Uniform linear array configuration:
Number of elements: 24
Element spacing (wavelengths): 0.25
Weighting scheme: cosine
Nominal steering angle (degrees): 0
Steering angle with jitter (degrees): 1.025
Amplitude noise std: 0.05
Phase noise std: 0.05

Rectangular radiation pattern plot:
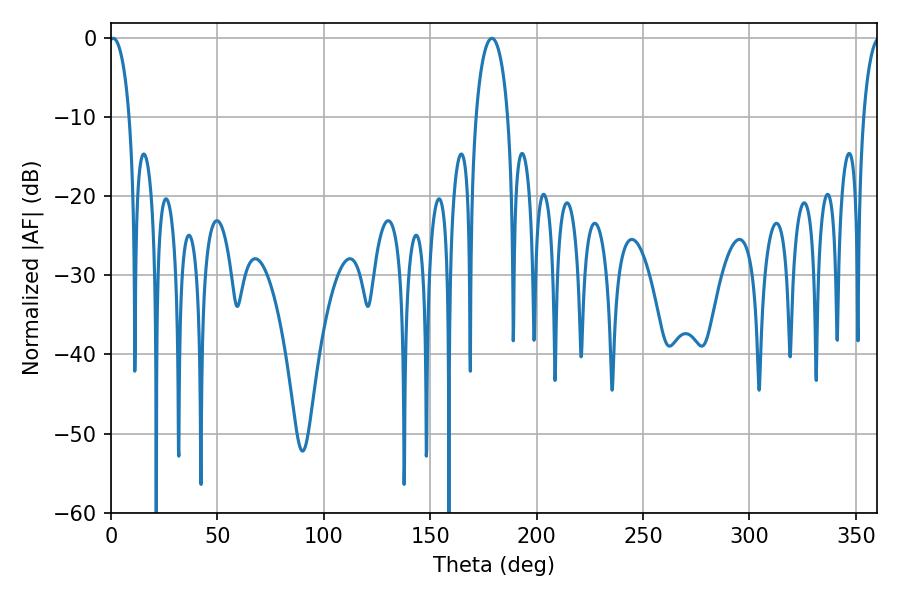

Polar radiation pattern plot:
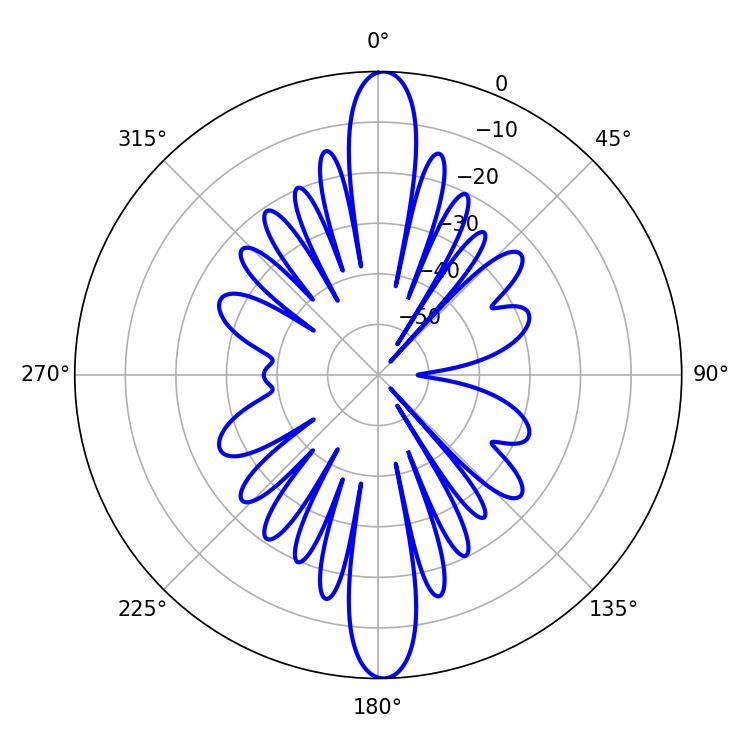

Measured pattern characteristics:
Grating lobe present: FALSE
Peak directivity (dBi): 25.849
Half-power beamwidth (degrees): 5.4
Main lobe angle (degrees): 1.08